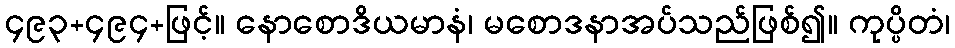
၄၉၃+၄၉၄+ဖြင့်။ နောစောဒိယမာနံ၊ မစောဒနာအပ်သည်ဖြစ်၍။ ကုပ္ပိတံ၊